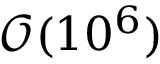
\mathcal O ( 1 0 ^ { 6 } )